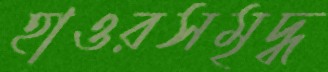
হাওরসমৃদ্ধ